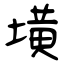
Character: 墴